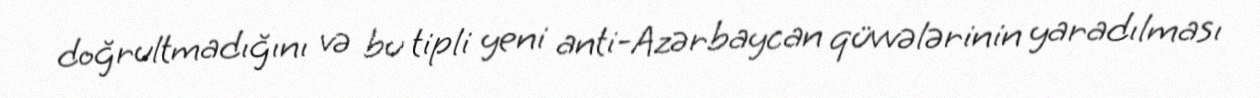
doğrultmadığını və bu tipli yeni anti-Azərbaycan qüvvələrinin yaradılması